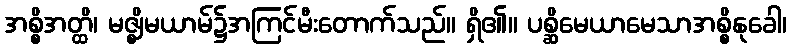
အစ္စိအတ္ထိ၊ မဇ္ဈိမယာမ်၌အကြင်မီးတောက်သည်။ ရှိ၏။ ပစ္ဆိမေယာမေသာအစ္စိနုခေါ၊